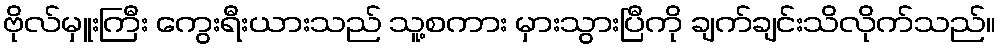
ဗိုလ်မှူးကြီး ကွေးရီးယားသည် သူ့စကား မှားသွားပြီကို ချက်ချင်းသိလိုက်သည်။